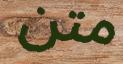
متن